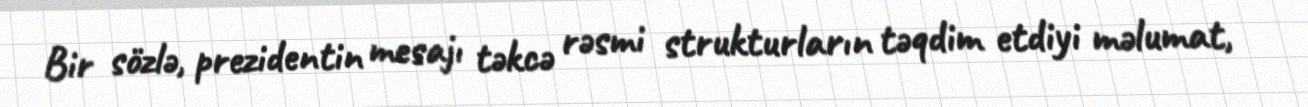
Bir sözlə, prezidentin mesajı təkcə rəsmi strukturların təqdim etdiyi məlumat,